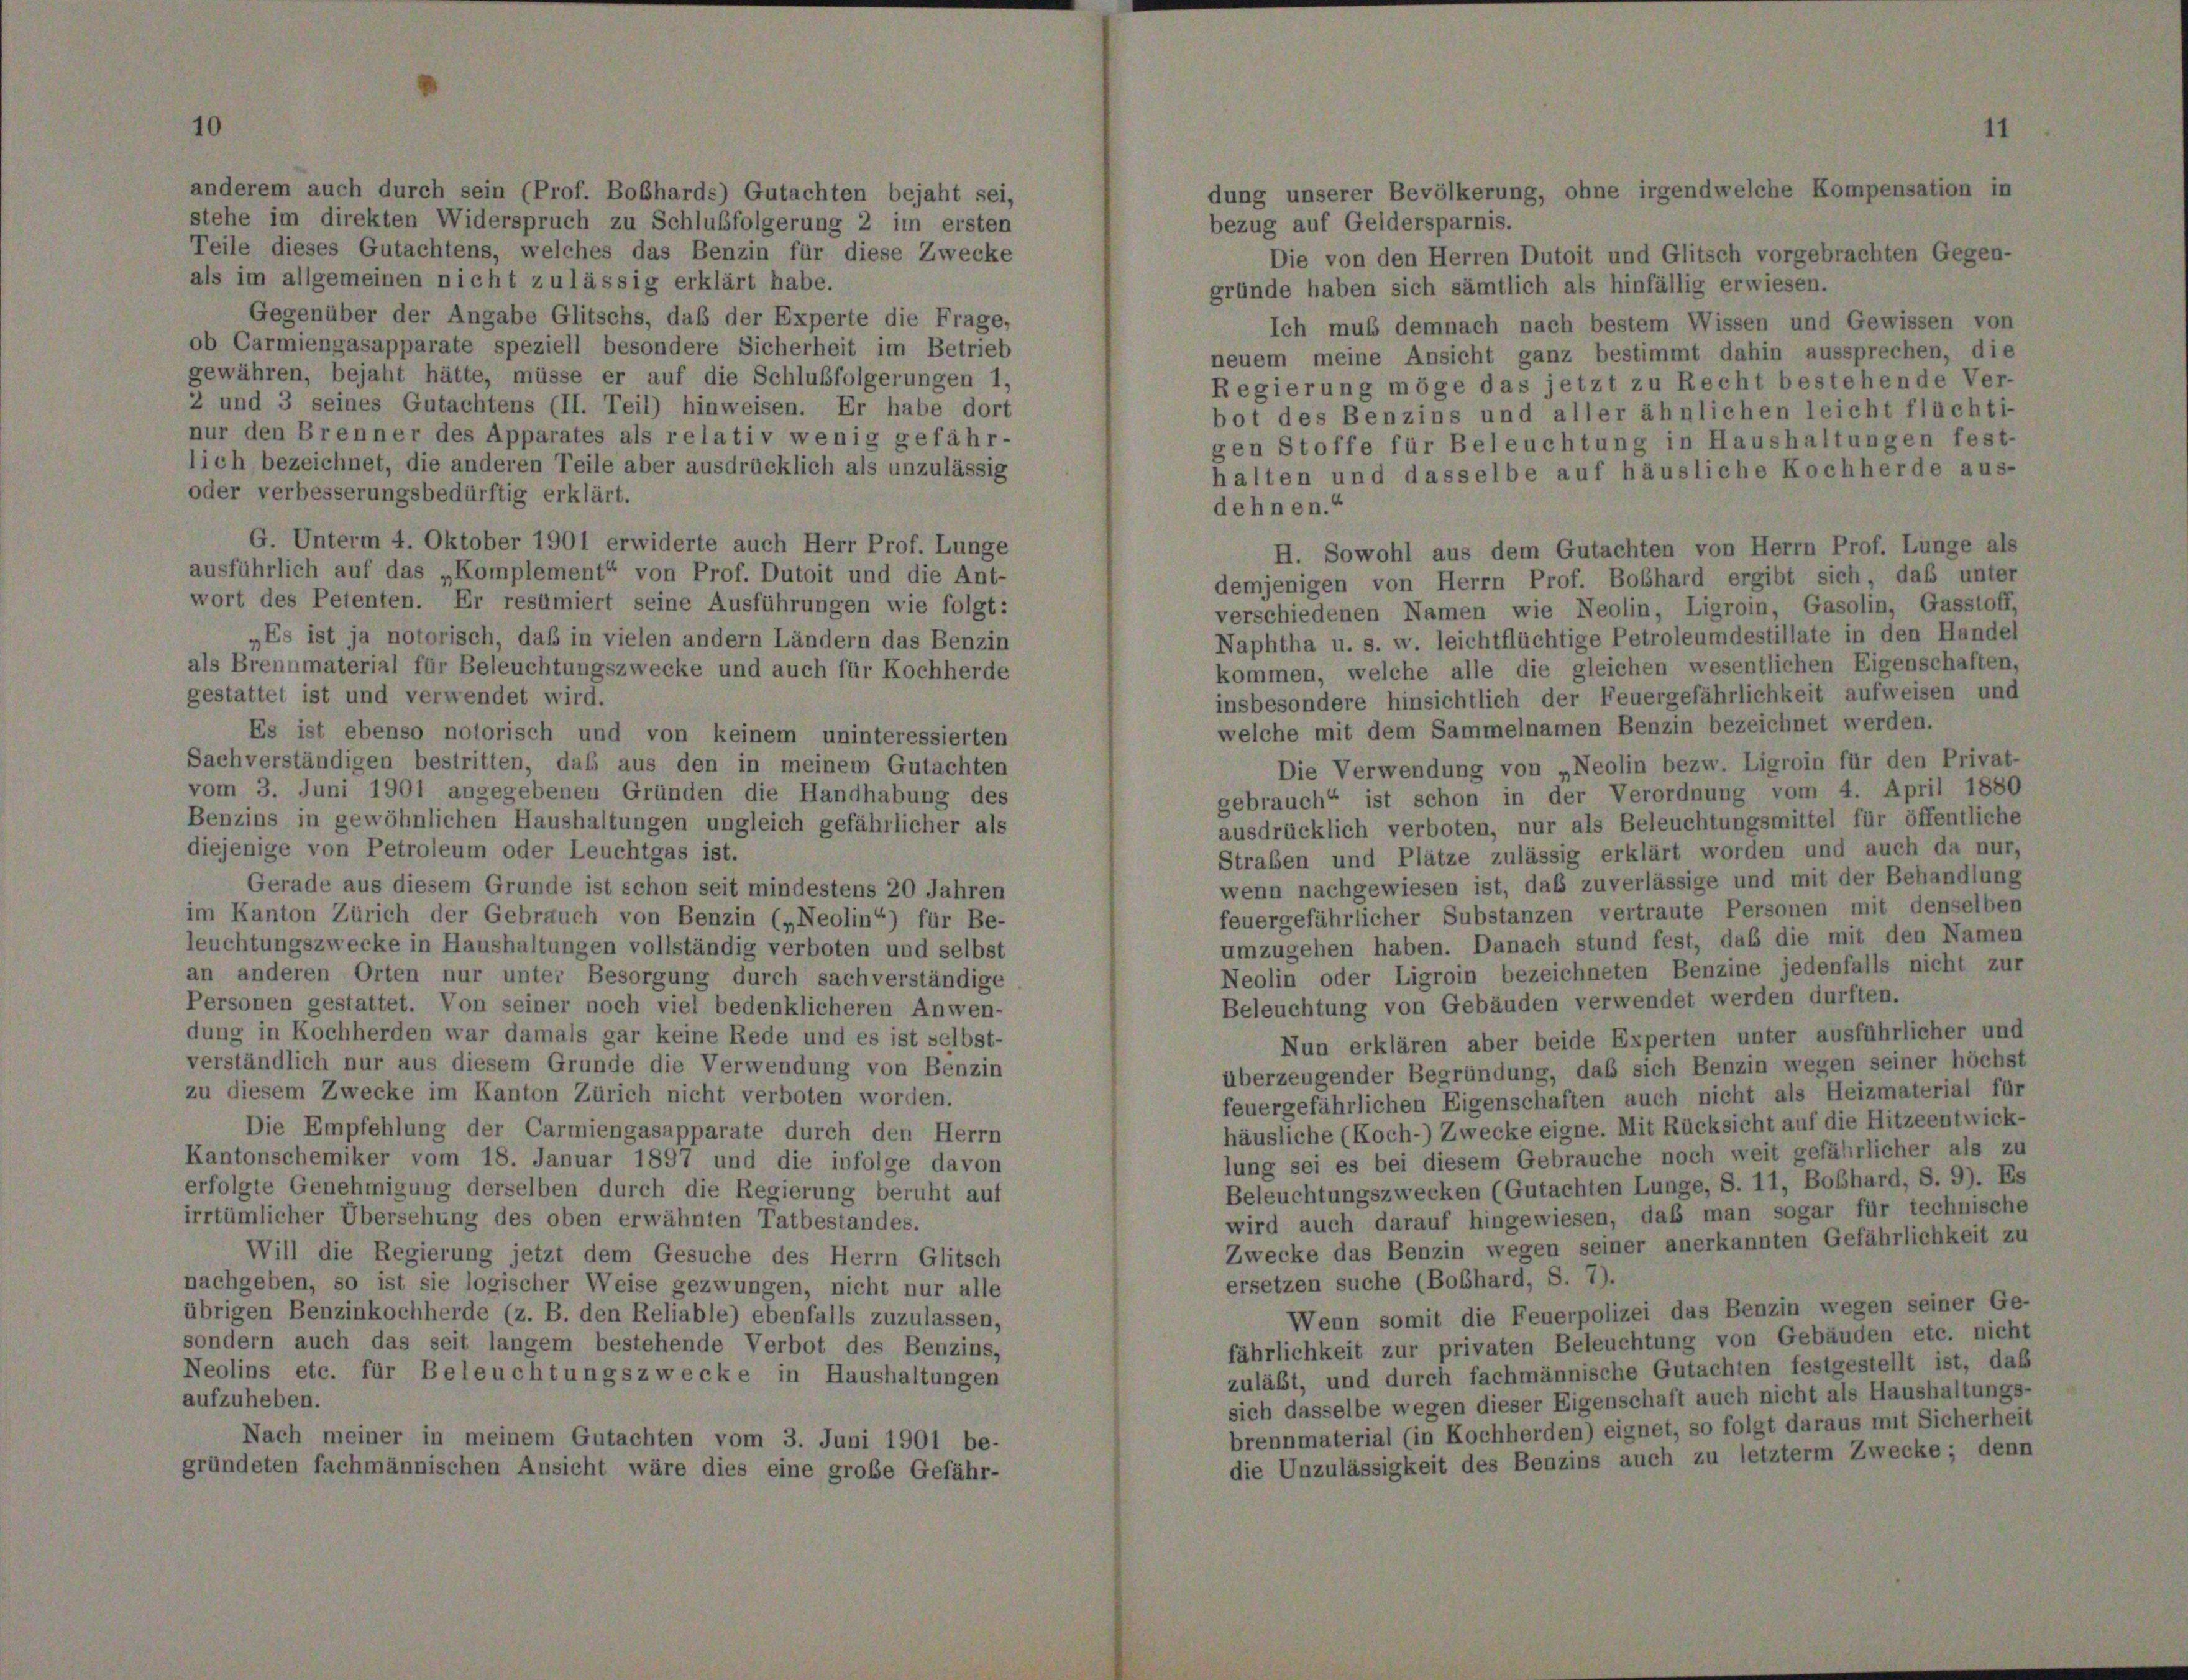
dung unserer Bevölkerung, ohne irgendwelche Kompensation in
anderem auch durch sein (Prof. Boßhards) Gutachten bejaht sei,
stehe im direkten Widerspruch zu Schlußfolgerung 2 im ersten
bezug auf Geldersparnis.
Teile dieses Gutachtens, welches das Benzin für diese Zwecke
Die von den Herren Dutoit und Glitsch vorgebrachten Gegen-
als im allgemeinen nicht zulässig erklärt habe.
gründe haben sich sämtlich als hinfällig erwiesen.
Gegenüber der Angabe Glitschs, daß der Experte die Frage,
Ich muß demnach nach bestem Wissen und Gewissen von
ob Carmiengasapparate speziell besondere Sicherheit im Betrieb
neuem meine Ansicht ganz bestimmt dahin aussprechen, die
gewähren, bejaht hätte, müsse er auf die Schlußfolgerungen 1,
Regierung möge das jetzt zu Recht bestehende Ver-
2 und 3 seines Gutachtens (II. Teil) hinweisen. Er habe dort
bot des Benzins und aller ähnlichen leicht flüchti-
nur den Brenner des Apparates als relativ wenig gefähr-
gen Stoffe für Beleuchtung in Haushaltungen fest-
lich bezeichnet, die anderen Teile aber ausdrücklich als unzulässig
halten und dasselbe auf häusliche Kochherde aus-
oder verbesserungsbedürftig erklärt.
dehnen.“
G. Unterm 4. Oktober 1901 erwiderte auch Herr Prof. Lunge
H. Sowohl aus dem Gutachten von Herrn Prof. Lünge als
ausführlich auf das „Komplement“ von Prof. Dutoit und die Ant-
demjenigen von Herrn Prof. Boßhard ergibt sich, daß unter
wort des Petenten. Er resümiert seine Ausführungen wie folgt:
verschiedenen Namen wie Neolin, Ligroin, Gasolin, Gasstoff,
„Es ist ja notorisch, daß in vielen andern Ländern das Benzin
Naphtha u. s. w. leichtflüchtige Petroleumdestillate in den Handel
als Brennmaterial für Beleuchtungszwecke und auch für Kochherde
kommen, welche alle die gleichen wesentlichen Eigenschaften,
gestattet ist und verwendet wird.
insbesondere hinsichtlich der Feuergefährlichkeit aufweisen und
welche mit dem Sammelnamen Benzin bezeichnet werden.
Es ist ebenso notorisch und von keinem uninteressierten
Sachverständigen bestritten, daß aus den in meinem Gutachten
Die Verwendung von „Neolin bezw. Ligroin für den Privat-
vom 3. Juni 1901 angegebenen Gründen die Handhabung des
gebrauch“ ist schon in der Verordnung vom 4. April 1880
Benzins in gewöhnlichen Haushaltungen ungleich gefährlicher als
ausdrücklich verboten, nur als Beleuchtungsmittel für öffentliche
diejenige von Petroleum oder Leuchtgas ist.
Straben und Plätze zulässig erklärt worden und auch da nur,
wenn nachgewiesen ist, daß zuverlässige und mit der Behandlung
Gerade aus diesem Grunde ist schon seit mindestens 20 Jahren
feuergefährlicher Substanzen vertraute Personen mit denselben
im Kanton Zürich der Gebrauch von Benzin („Neolin“) für Be-
umzugehen haben. Danach stund fest, daß die mit den Namen
leuchtungszwecke in Haushaltungen vollständig verboten und selbst
Neolin oder Ligroin bezeichneten Benzine jedenfalls nicht zur
an anderen Orten nur unter Besorgung durch sachverständige
Beleuchtung von Gebäuden verwendet werden durften.
Personen gestattet. Von seiner noch viel bedenklicheren Anwen-
dung in Kochherden war damals gar keine Rede und es ist selbst-
Nun erklären aber beide Experten unter ausführlicher und
verständlich nur aus diesem Grunde die Verwendung von Benzin
überzeugender Begründung, daß sich Benzin wegen seiner höchst
zu diesem Zwecke im Kanton Zürich nicht verboten worden.
feuergefährlichen Eigenschaften auch nicht als Heizmaterial für
häusliche (Koch-) Zwecke eigne. Mit Rücksicht auf die Hitzeentwick-
Die Empfehlung der Carmiengasapparate durch den Herrn
lung sei es bei diesem Gebrauche noch weit gefährlicher als zu
Kantonschemiker vom 18. Januar 1897 und die infolge davon
Beleuchtungszwecken (Gutachten Lunge, S. 11, Boßhard, S. 9). Es
erfolgte Genehmigung derselben durch die Regierung beruht auf
wird auch darauf hingewiesen, daß man sogar für technische
irrtümlicher Übersehung des oben erwähnten Tatbestandes.
Zwecke das Benzin wegen seiner anerkannten Gefährlichkeit zu
Will die Regierung jetzt dem Gesuche des Herrn Glitsch
ersetzen suche (Bobhard, S. 7).
nachgeben, so ist sie logischer Weise gezwungen, nicht nur alle
Wenn somit die Feuerpolizei das Benzin wegen seiner Ge-
übrigen Benzinkochherde (z. B. den Reliable) ebenfalls zuzulassen,
fährlichkeit zur privaten Beleuchtung von Gebäuden etc. nicht
sondern auch das seit langem bestehende Verbot des Benzins,
zuläbt, und durch fachmännische Gutachten festgestellt ist, daß
Neolins etc. für Beleuchtungszwecke in Haushaltungen
sich dasselbe wegen dieser Eigenschaft auch nicht als Haushaltungs-
aufzuheben.
brennmaterial (in Kochherden) eignet, so folgt daraus mit Sicherheit
Nach meiner in meinem Gutachten vom 3. Juni 1901 be-
die Unzulässigkeit des Benzins auch zu letzter Zwecke; denn
gründeten fachmännischen Ansicht wäre dies eine große Gefähr-